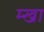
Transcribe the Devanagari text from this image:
म्खा